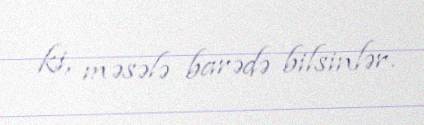
ki, məsələ barədə bilsinlər.